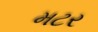
મટર